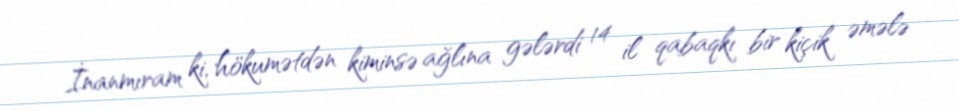
İnanmıram ki, hökumətdən kiminsə ağlına gələrdi 14 il qabaqkı bir kiçik əmələ